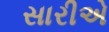
સારીએ